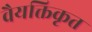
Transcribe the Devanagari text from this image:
वैयक्तिकृत